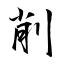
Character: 削